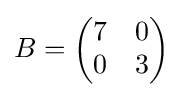
B={\begin{pmatrix}7&0\\0&3\\\end{pmatrix}}